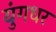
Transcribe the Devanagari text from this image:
युंगधर